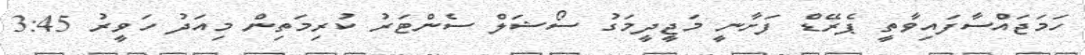
ހަމަޖައްސާފައިވާތީ ޕެރޭޑް ފަށާނީ މަޖީދީމަގު ސޯޝަލް ސެންޓަރު ކުރިމަތިން މިއަދު ހަވީރު 3:45